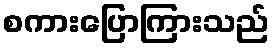
စကားပြောကြားသည်